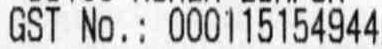
GST NO.: 000115154944